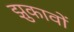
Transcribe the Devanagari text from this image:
झुकावों